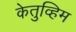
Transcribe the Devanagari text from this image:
केतुव्हिम